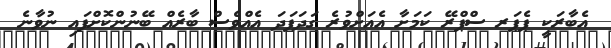
އެބާރަކީ ޕެޕަރ ސްޕްރޭ ކަމަށާ އެއަށްވުރެ ގަދަފަދަ އެއްވެސް ބާރެއް ބޭނުންކޮށްފައި ނުވާނެ